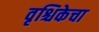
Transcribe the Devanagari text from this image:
वृश्चिकेचा